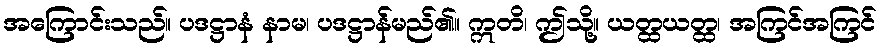
အကြောင်းသည်။ ပဒဋ္ဌာနံ နာမ၊ ပဒဋ္ဌာန်မည်၏။ ဣတိ၊ ဤသို့။ ယတ္ထယတ္ထ၊ အကြင်အကြင်